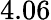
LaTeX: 4.06